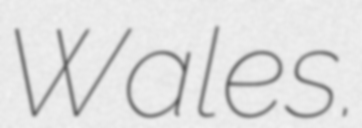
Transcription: Wales.